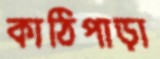
কাঠিপাড়া